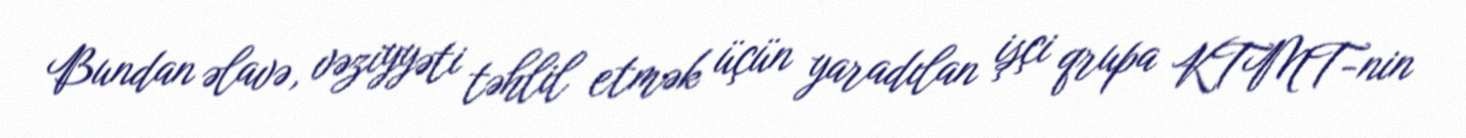
Bundan əlavə, vəziyyəti təhlil etmək üçün yaradılan işçi qrupa KTMT-nin